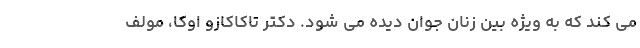
می کند که به ویژه بین زنان جوان دیده می شود. دکتر تاکاکازو اوکا، مولف